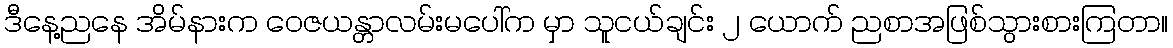
ဒီနေ့ညနေ အိမ်နားက ဝေဇယန္တာလမ်းမပေါ်က မှာ သူငယ်ချင်း ၂ ယောက် ညစာအဖြစ်သွားစားကြတာ။